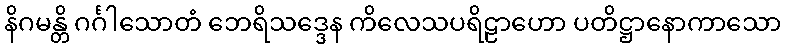
နိဂမန္တိ ဂင်္ဂါသောတံ ဘေရိသဒ္ဒေန ကိလေသပရိဠာဟော ပတိဋ္ဌာနောကာသော